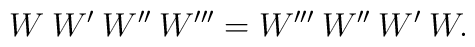
W \>  W' \> W'' \>  W''' = W''' \>     W'' \> W' \>     W.